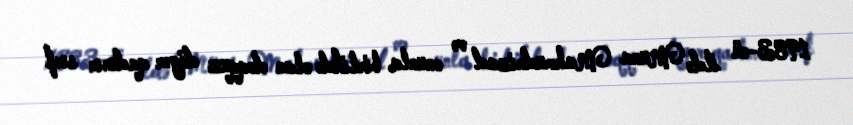
1983-cü ildə Muna Mahmudnizad və onunla birlikdə olan doqquz digər qadının sırf